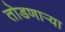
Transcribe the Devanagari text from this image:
तोडणाऱ्या